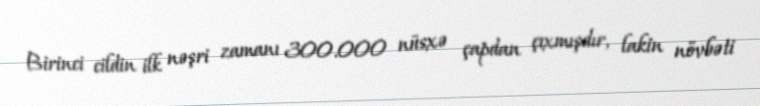
Birinci cildin ilk nəşri zamanı 300.000 nüsxə çapdan çıxmışdır, lakin növbəti